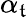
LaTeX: \alpha_{\mathfrak{t}}